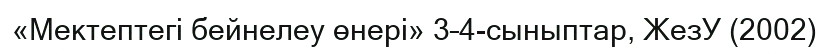
«Мектептегі бейнелеу өнері» 3–4-сыныптар, ЖезУ (2002)